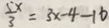
\frac { 5 x } { 3 } = 3 x - 4 - 1 6